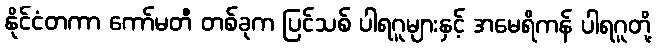
နိုင်ငံတကာ ကော်မတီ တစ်ခုက ပြင်သစ် ပါရဂူများနှင့် အမေရိကန် ပါရဂူတို့